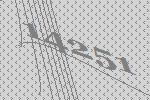
14251